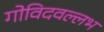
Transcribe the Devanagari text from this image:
गोविदवल्लभ